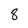
Character: 8